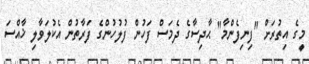
މީގެ އިތުރަށް "ފިނިފެންމާ" ޙާދިސާގެ ދެމަސް ފަހުން ފުލުހުންގެ ފަރާތުން އެކުލަވާލި ޚާއްސަ